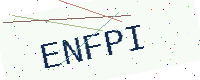
Text: ENFPI